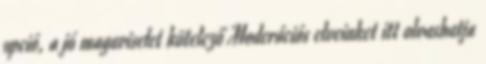
opció, a jó magaviselet kötelező Moderációs elveinket itt olvashatja